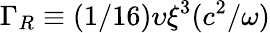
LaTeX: \Gamma_{R}\equiv(1/16)\upsilon\xi^{3}(c^{2}/\omega)